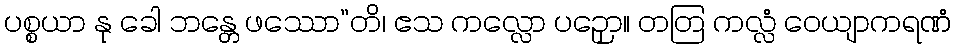
ပစ္စယာ နု ခေါ ဘန္တေ ဖဿော”တိ၊ ဧသ ကလ္လော ပဉှော။ တတြ ကလ္လံ ဝေယျာကရဏံ